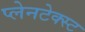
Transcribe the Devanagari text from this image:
प्लेनटेक्स्ट